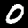
Digit: 0